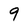
Character: 9